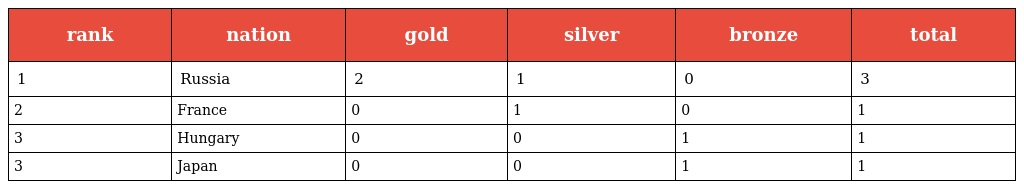
| rank | nation | gold | silver | bronze | total |
 | --- | --- | --- | --- | --- | --- |
 | 1 | Russia | 2 | 1 | 0 | 3 |
 | 2 | France | 0 | 1 | 0 | 1 |
 | 3 | Hungary | 0 | 0 | 1 | 1 |
 | 3 | Japan | 0 | 0 | 1 | 1 |